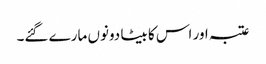
عتبہ اور اس کا بیٹا دونوں مارے گئے۔